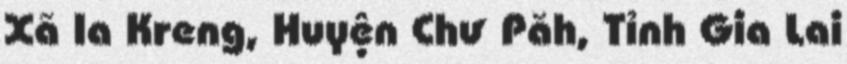
Xã Ia Kreng, Huyện Chư Păh, Tỉnh Gia Lai